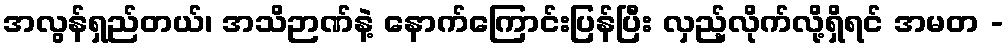
အလွန်ရှည်တယ်၊ အသိဉာဏ်နဲ့ နောက်ကြောင်းပြန်ပြီး လှည့်လိုက်လို့ရှိရင် အမတ -